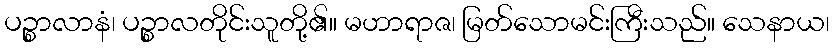
ပဉ္စာလာနံ၊ ပဉ္စာလတိုင်းသူတို့၏။ မဟာရာဇ၊ မြတ်သောမင်းကြီးသည်။ သေနာယ၊